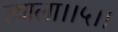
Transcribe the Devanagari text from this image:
त्याला।।५।।